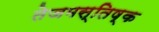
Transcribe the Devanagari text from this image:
तेजमस्तिष्क